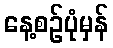
နေ့စဉ်ပုံမှန်